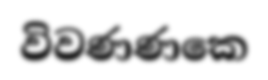
විවණණකෙ